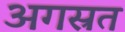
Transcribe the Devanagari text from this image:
अगस्रत